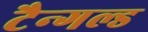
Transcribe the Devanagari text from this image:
टैन्गल्ड